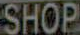
SHOP